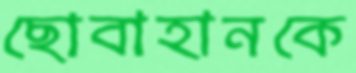
ছোবাহানকে